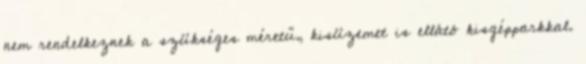
nem rendelkeznek a szükséges méretű, kisüzemet is ellátó kisgépparkkal.